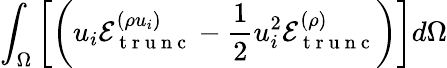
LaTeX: \int_{\Omega}\left[\left(u_{i}\mathcal{E}_{\mathrm{~t~r~u~n~c~}}^{(\rho u_{i})}-\frac{1}{2}u_{i}^{2}\mathcal{E}_{\mathrm{~t~r~u~n~c~}}^{(\rho)}\right)\right]d\Omega